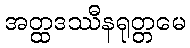
အတ္ထဒဿီနရုတ္တမေ